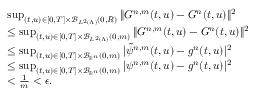
\begin{array} { r l } & { \operatorname* { s u p } _ { ( t , u ) \in [ 0 , T ] \times \mathcal { B } _ { L ^ { 2 } ( \Lambda ) } ( 0 , R ) } \| G ^ { n , m } ( t , u ) - G ^ { n } ( t , u ) \| ^ { 2 } } \\ & { \leq \operatorname* { s u p } _ { ( t , u ) \in [ 0 , T ] \times \mathcal { B } _ { L ^ { 2 } ( \Lambda ) } ( 0 , m ) } \| G ^ { n , m } ( t , u ) - G ^ { n } ( t , u ) \| ^ { 2 } } \\ & { \leq \operatorname* { s u p } _ { ( t , u ) \in [ 0 , T ] \times \mathcal { B } _ { \mathbb { R } ^ { n } } ( 0 , m ) } | \tilde { \psi } ^ { n , m } ( t , u ) - g ^ { n } ( t , u ) | ^ { 2 } } \\ & { \leq \operatorname* { s u p } _ { ( t , u ) \in [ 0 , T ] \times \mathcal { B } _ { \mathbb { R } ^ { n } } ( 0 , m ) } | \psi ^ { n , m } ( t , u ) - g ^ { n } ( t , u ) | ^ { 2 } } \\ & { < \frac { 1 } { m } < \epsilon . } \end{array}